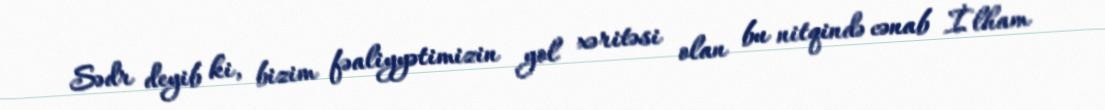
Sədr deyib ki, bizim fəaliyyətimizin yol xəritəsi olan bu nitqində cənab İlham